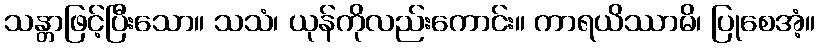
သန္တာဖြင့်ပြီးသော။ သသံ၊ ယုန်ကိုလည်းကောင်း။ ကာရယိဿာမိ၊ ပြုစေအံ့။